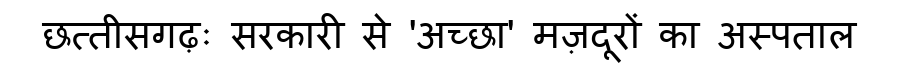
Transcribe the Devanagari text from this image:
छत्तीसगढ़ः सरकारी से 'अच्छा' मज़दूरों का अस्पताल